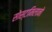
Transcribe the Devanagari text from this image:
सोस्टामिलानो